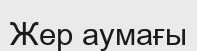
Жер аумағы